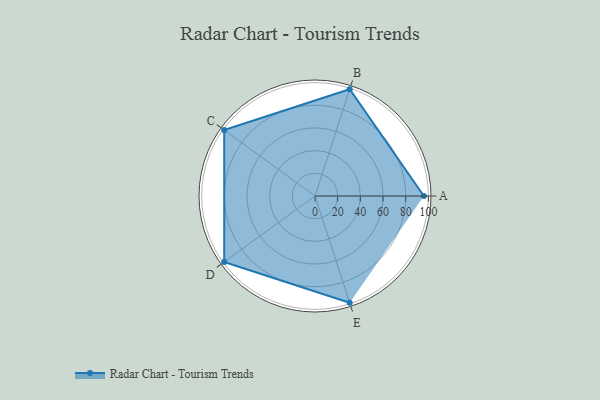
{"axis": {"x": "Skill", "y": "Score"}, "legend": ["Profile"], "data": [{"x": "A", "y": 96.0, "type": "Profile"}, {"x": "B", "y": 99, "type": "Profile"}, {"x": "C", "y": 99, "type": "Profile"}, {"x": "D", "y": 99, "type": "Profile"}, {"x": "E", "y": 99, "type": "Profile"}]}